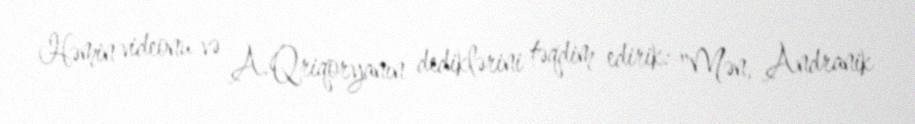
Həmin videonu və A.Qriqoryanın dediklərini təqdim edirik: "Mən, Andranik